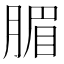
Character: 𣎊